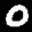
Label: 0